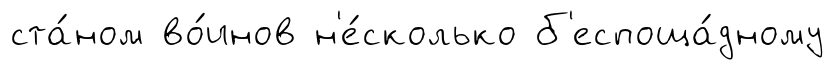
ста́ном во́инов н'е́сколько б'еспоща́дному